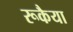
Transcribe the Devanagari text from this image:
रूकैया